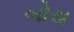
બોય